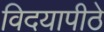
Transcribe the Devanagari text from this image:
विदयापीठे